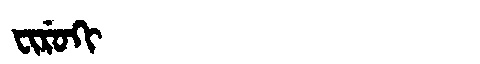
Manchu: ᠸᡳᡵᡠᡴᡳ
Romanization: FIRUKI